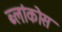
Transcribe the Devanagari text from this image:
ब्लांकोस